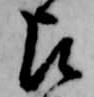
占